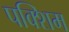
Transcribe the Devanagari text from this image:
पक्शिम